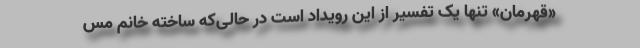
«قهرمان» تنها یک تفسیر از این رویداد است در حالی‌که ساخته خانم مس